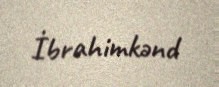
İbrahimkənd